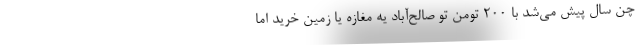
چن سال پیش می‌شد با ۲۰۰ تومن تو صالح‌آباد یه مغازه یا زمین خرید اما